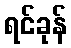
ရင်ခုန်